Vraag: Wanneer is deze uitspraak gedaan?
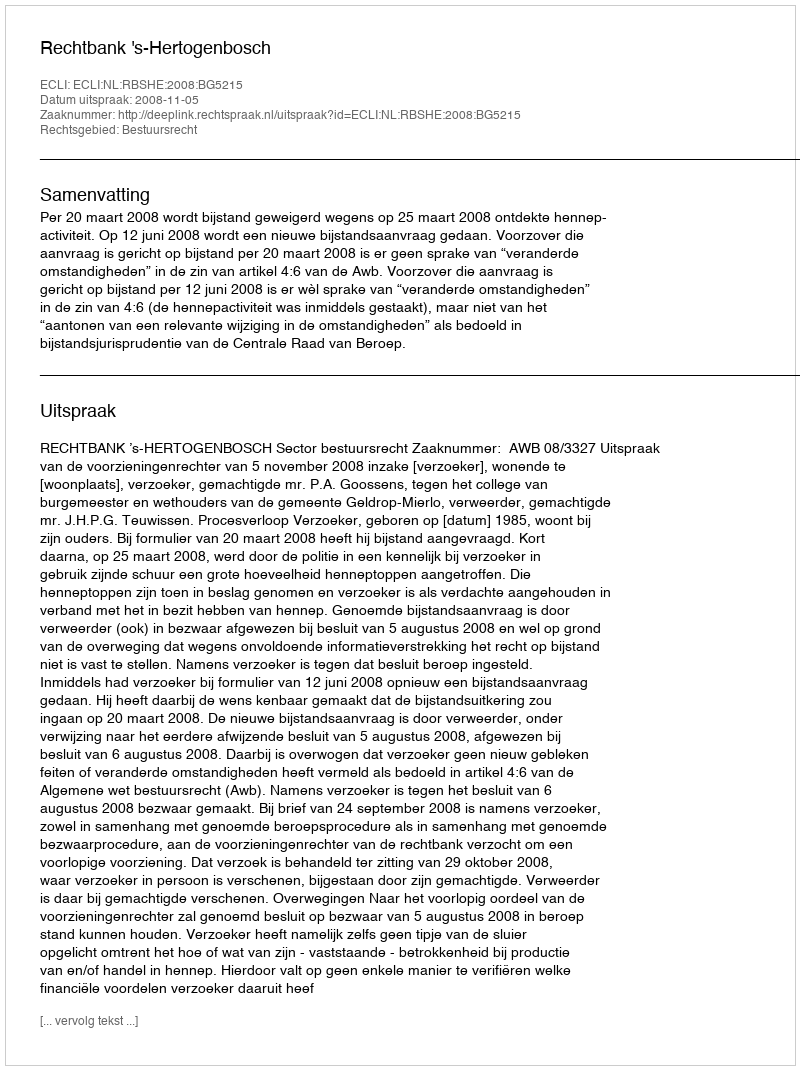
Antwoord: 2008-11-05